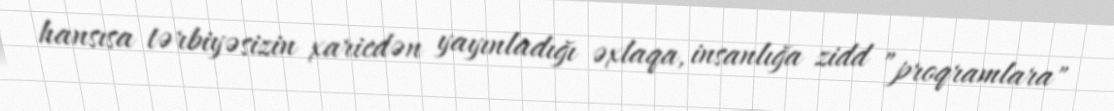
hansısa tərbiyəsizin xaricdən yayınladığı əxlaqa, insanlığa zidd ”proqramlara"